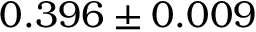
0 . 3 9 6 \pm 0 . 0 0 9